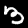
Label: 3